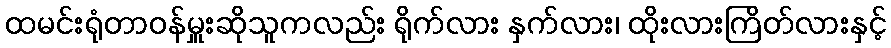
ထမင်းရုံတာဝန်မှူးဆိုသူကလည်း ရိုက်လား နှက်လား၊ ထိုးလားကြိတ်လားနှင့်